Medical and sanitary report on the native army of Bombay for the year
Year: 1877
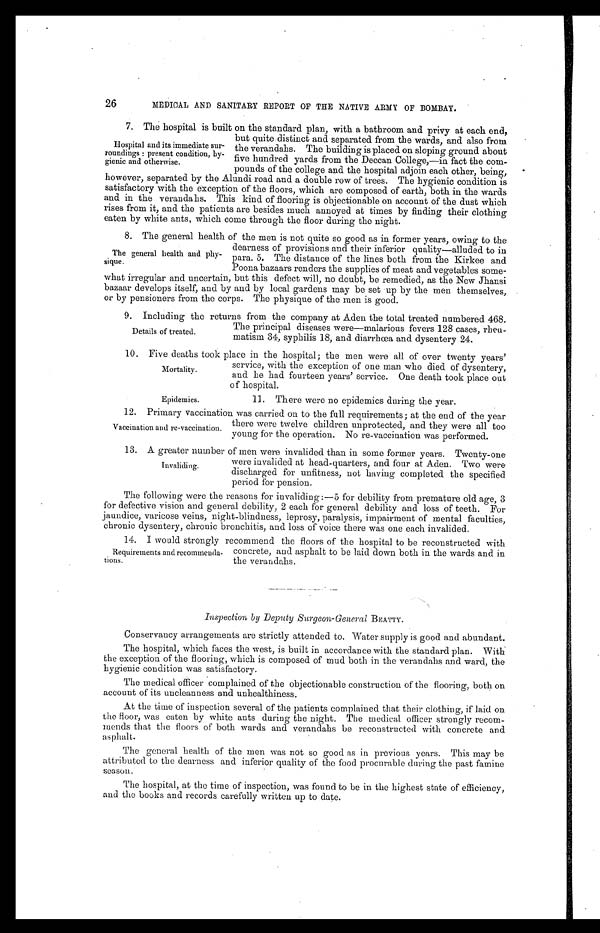
26
MEDICAL AND SANITARY REPORT OF THE NATIVE ARMY OF BOMBAY.
7 . T h e h o s p i t a l i s b u i l t o n t h e s t a n d a r d p l a n , w i t h a b a t h r o o m a n d p r i v y a t e a c h e n d ,
but quite distinct and separated from the wards, and also from
the verandahs. The building is placed on sloping ground about
five hundred yards from the Deccan College,—in fact the com
-pounds of the college and the hospital adjoin each other, being,
however, separated by the Alundi road and a double row of trees. The hygienic condition is
satisfactory with the exception of the floors, which are composed of earth, both in the wards
and in the verandahs. This kind of flooring is objectionable on account of the dust which
rises from it, and the patients are besides much annoyed at times by finding their clothing
eaten by white ants, which come through the floor during the night.
8. The general health of the men is not quite so good as in former years, owing to the
dearness of provisions and their inferior quality—alluded to in
para. 5. The distance of the lines both from the Kirkee and
Poona bazaars renders the supplies of meat and vegetables some
- w h a t i r r e g u l a r a n d u n c e r t a i n , b u t t h i s d e f e c t w i l l , n o d o u b t , b e r e m e d i e d , a s t h e N e w J h a n s i
bazaar develops itself, and by and by local gardens may be set up by the men themselves,
or by pensioners from the corps. The physique of the men is good.
9 . I n c l u d i n g t h e r e t u r n s f r o m t h e c o m p a n y a t A d e n t h e t o t a l t r e a t e d n u m b e r e d 4 6 8 .
The principal diseases were—malarious fevers 128 cases, rheu
-matism 34, syphilis 18, and diarrhœa and dysentery 24.
10. Five deaths took place in the hospital; the men were all of over twenty years'
service, with the exception of one man who died of dysentery,
and he had fourteen years' service. One death took place out
of hospital.
Hospital and its immediate sur
-roundings: present condition, hy
-gienic and otherwise.
The general health and phy
-sique.
Details of treated.
Mortality.
Epidemics.
11. There were no epidemics during the year.
1 2 . P r i m a r y v a c c i n a t i o n w a s c a r r i e d o n t o t h e f u l l r e q u i r e m e n t s ; a t t h e e n d o f t h e y e a r
there were twelve children unprotected, and they were all too
young for the operation. No re-vaccination was performed.
1 3 . A g r e a t e r n u m b e r o f m e n w e r e i n v a l i d e d t h a n i n s o m e f o r m e r y e a r s . T w e n t y - o n e
were invalided at head-quarters, and four at Aden. Two were
discharged for unfitness, not having completed the specified
period for pension.
The following were the reasons for invaliding:—5 for debility from premature old age, 3
for defective vision and general debility, 2 each for general debility and loss of teeth. For
jaundice, varicose veins, night-blindness, leprosy, paralysis, impairment of mental faculties,
chronic dysentery, chronic bronchitis, and loss of voice there was one each invalided.
1 4 . I w o u l d s t r o n g l y r e c o m m e n d t h e f l o o r s o f t h e h o s p i t a l t o b e r e c o n s t r u c t e d w i t h
concrete, and asphalt to be laid down both in the wards and in
the verandahs.
Inspection by Deputy Surgeon-General BEATTY.
Conservancy arrangements are strictly attended to. Water supply is good and abundant.
The hospital, which faces the west, is built in accordance with the standard plan. With
the exception of the flooring, which is composed of mud both in the verandahs and ward, the
hygienic condition was satisfactory.
The medical officer complained of the objectionable construction of the flooring, both on
account of its uncleanness and unhealthiness.
At the time of inspection several of the patients complained that their clothing, if laid on
the floor, was eaten by white ants during the night. The medical officer strongly recom
-mends that the floors of both wards and verandahs be reconstructed with concrete and
asphalt.
The general health of the men was not so good as in previous years. This may be
attributed to the dearness and inferior quality of the food procurable during the past famine
season.
The hospital, at the time of inspection, was found to be in the highest state of efficiency,
and the books and records carefully written up to date.
Vaccination and re-vaccination.
Invaliding.
Requirements and recommenda
-tions.